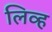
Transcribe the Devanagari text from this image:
लिव्ह